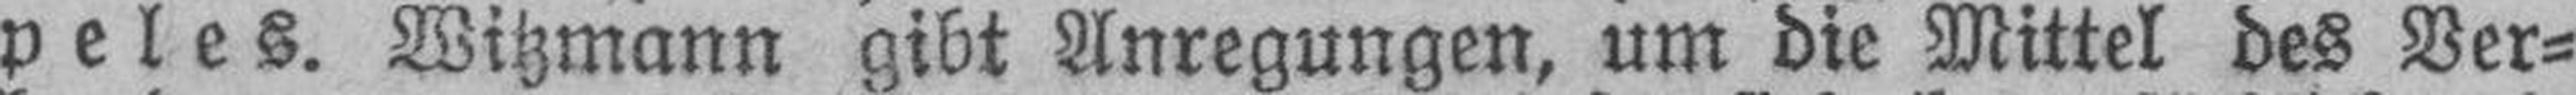
peles. Witzmann gibt Anregungen, um die Mittel des Ver¬